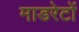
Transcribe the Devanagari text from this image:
माडरेटों